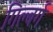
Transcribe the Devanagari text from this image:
गिल्बर्ग